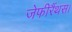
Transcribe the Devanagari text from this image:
जेफीरैंथस।